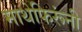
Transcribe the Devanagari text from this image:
माथेफिरूंनी